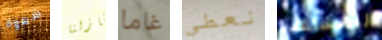
شهوة منازلنا غاما نعطي للمساعدة